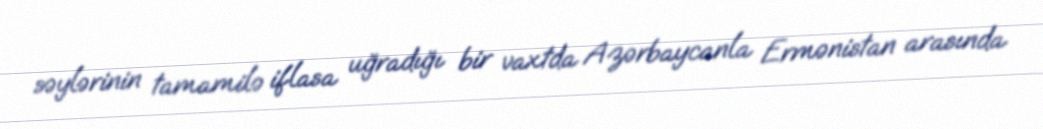
səylərinin tamamilə iflasa uğradığı bir vaxtda Azərbaycanla Ermənistan arasında